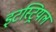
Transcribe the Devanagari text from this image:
इटस्ट्रियल